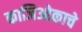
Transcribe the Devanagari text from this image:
काजिओकाचे